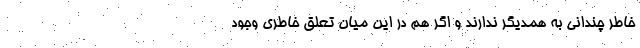
خاطر چندانی به همدیگر ندارند و اگر هم در این میان تعلق خاطری وجود